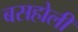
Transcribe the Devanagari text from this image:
बसहोली